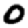
Digit: 0